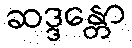
ဆဒ္ဒန္တော